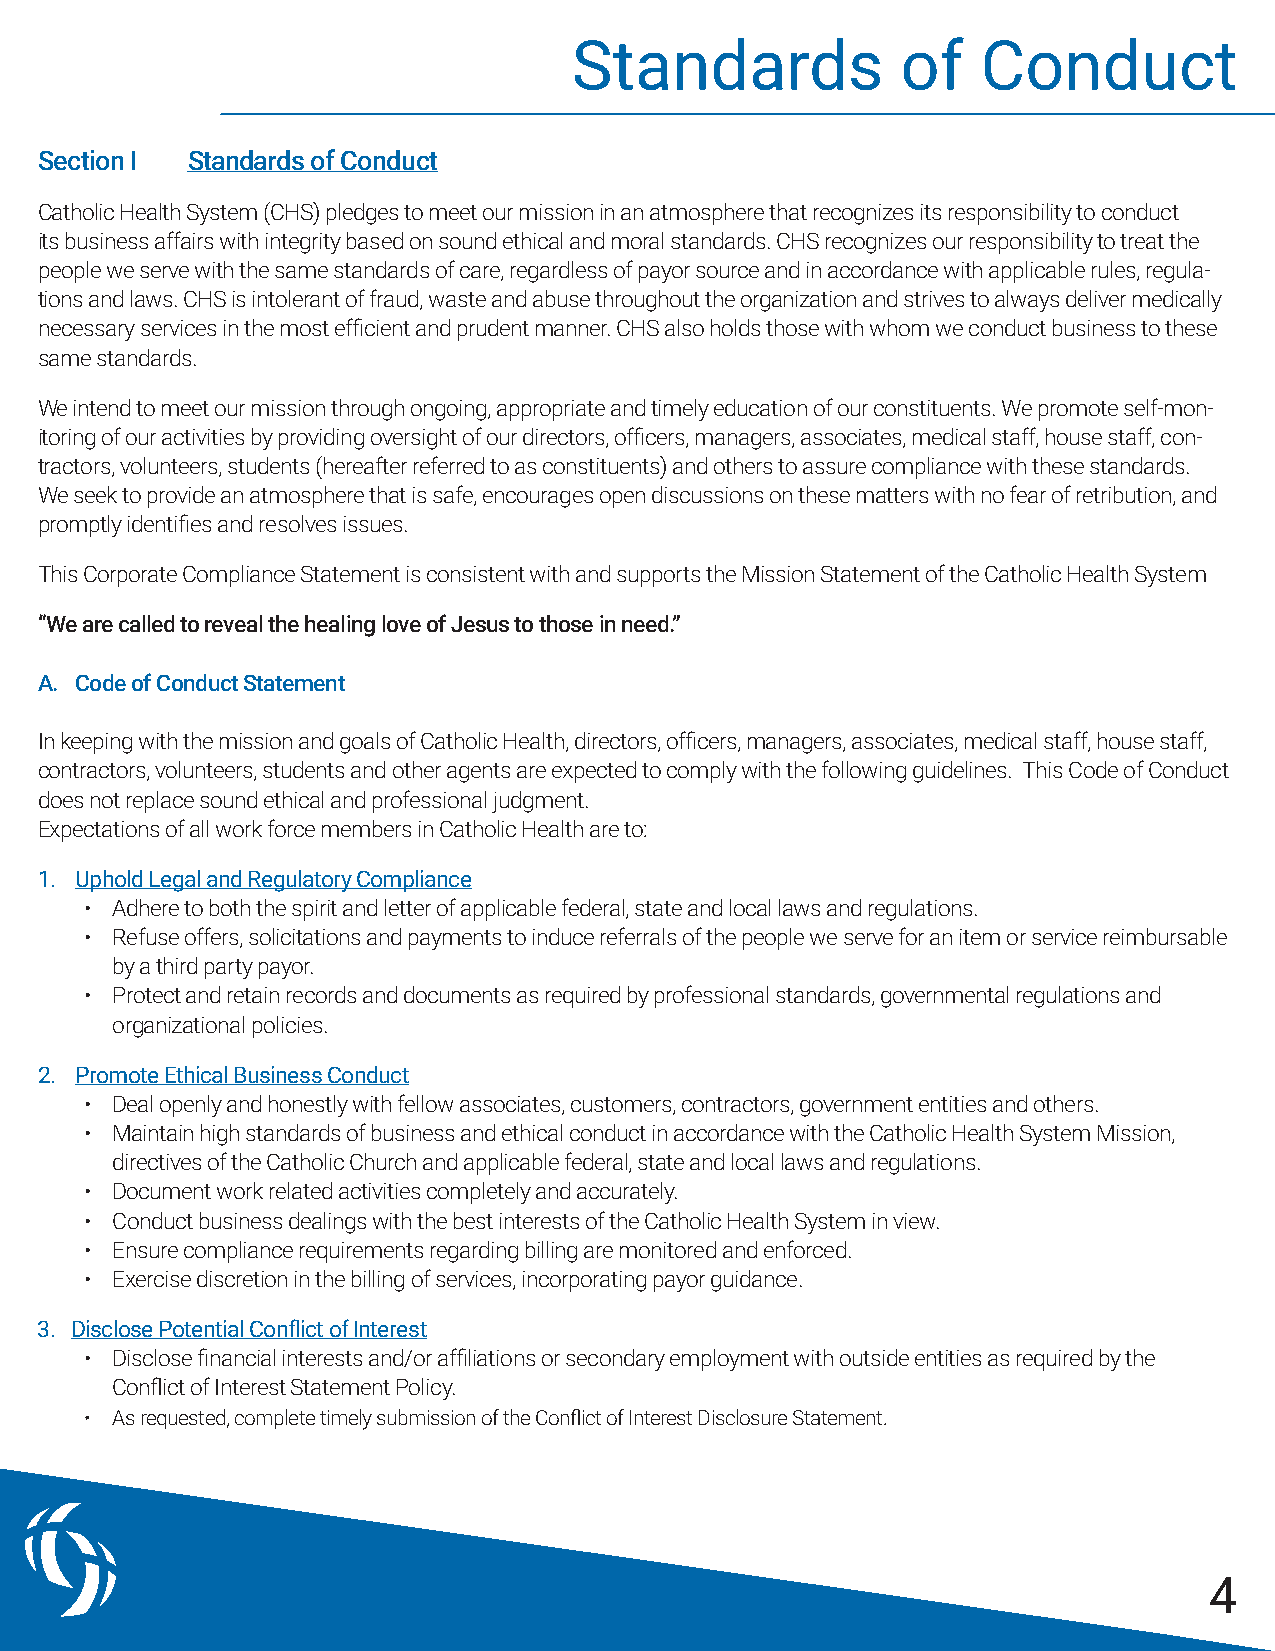
Standards             of   Conduct
 Section I Standards of Conduct
 Catholic Health System (CHS) pledges to meet our mission in an atmosphere that recognizes its responsibility to conduct
 its business affairs with integrity based on sound ethical and moral standards. CHS recognizes our responsibility to treat the
 people we serve with the same standards of care, regardless of payor source and in accordance with applicable rules, regula-
 tions and laws. CHS is intolerant of fraud, waste and abuse throughout the organization and strives to always deliver medically
 necessary services in the most efficient and prudent manner. CHS also holds those with whom we conduct business to these
 same standards.
 We intend to meet our mission through ongoing, appropriate and timely education of our constituents. We promote self-mon-
 itoring of our activities by providing oversight of our directors, officers, managers, associates, medical staff, house staff, con-
 tractors, volunteers, students (hereafter referred to as constituents) and others to assure compliance with these standards.
 We seek to provide an atmosphere that is safe, encourages open discussions on these matters with no fear of retribution, and
 promptly identifies and resolves issues.
 This Corporate Compliance Statement is consistent with and supports the Mission Statement of the Catholic Health System
 “We are called to reveal the healing love of Jesus to those in need.”
 A. Code of Conduct Statement
 In keeping with the mission and goals of Catholic Health, directors, officers, managers, associates, medical staff, house staff,
 contractors, volunteers, students and other agents are expected to comply with the following guidelines. This Code of Conduct
 does not replace sound ethical and professional judgment.
 Expectations of all work force members in Catholic Health are to:
 1. Uphold Legal and Regulatory Compliance
 • Adhere to both the spirit and letter of applicable federal, state and local laws and regulations.
 • Refuse offers, solicitations and payments to induce referrals of the people we serve for an item or service reimbursable
 by a third party payor.
 • Protect and retain records and documents as required by professional standards, governmental regulations and
 organizational policies.
 2. Promote Ethical Business Conduct
 • Deal openly and honestly with fellow associates, customers, contractors, government entities and others.
 • Maintain high standards of business and ethical conduct in accordance with the Catholic Health System Mission,
 directives of the Catholic Church and applicable federal, state and local laws and regulations.
 • Document work related activities completely and accurately.
 • Conduct business dealings with the best interests of the Catholic Health System in view.
 • Ensure compliance requirements regarding billing are monitored and enforced.
 • Exercise discretion in the billing of services, incorporating payor guidance.
 3. Disclose Potential Conflict of Interest
 • Disclose financial interests and/or affiliations or secondary employment with outside entities as required by the
 Conflict of Interest Statement Policy.
 • As requested, complete timely submission of the Conflict of Interest Disclosure Statement.
 4